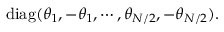
\mathrm { d i a g } ( \theta _ { 1 } , - \theta _ { 1 } , \cdots , \theta _ { N / 2 } , - \theta _ { N / 2 } ) .